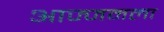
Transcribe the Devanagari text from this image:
आज्जमला